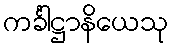
ကင်္ခါဋ္ဌာနိယေသု